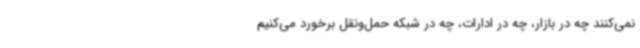
نمی‌کنند چه در بازار، چه در ادارات، چه در شبکه حمل‌ونقل برخورد می‌کنیم